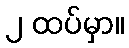
၂ ထပ်မှာ။